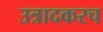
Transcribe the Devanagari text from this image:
उत्रादकरच